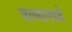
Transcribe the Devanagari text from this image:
जाण्यामध्ये